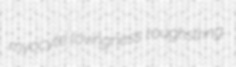
myocyte lovingness roughstring